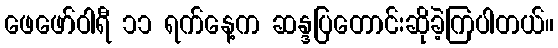
ဖေဖော်ဝါရီ ၁၁ ရက်နေ့က ဆန္ဒပြတောင်းဆိုခဲ့ကြပါတယ်။